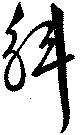
斛